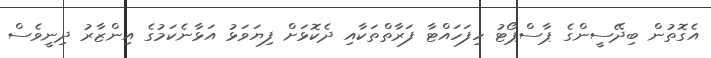
އެގޮތުން ބިދޭސީންގެ ޕާސްޕޯޓު ހިފަހައްޓާ ފަރާތްތަކާއި ދެކޮޅަށް ފިޔަވަޅު އަޅާނެކަމުގެ އިންޒާރު ދިނީވެސް